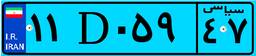
۱۱D۰۵۹۴۷